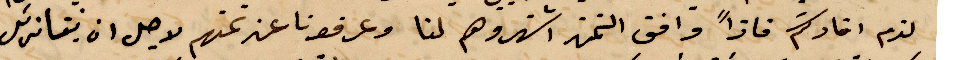
لذم افادتكم فاذًا وافق التمن اشتروهن لنا وعرفونا عن تمنهم لاجل ان %%